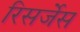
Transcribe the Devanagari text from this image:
रिसर्जेस